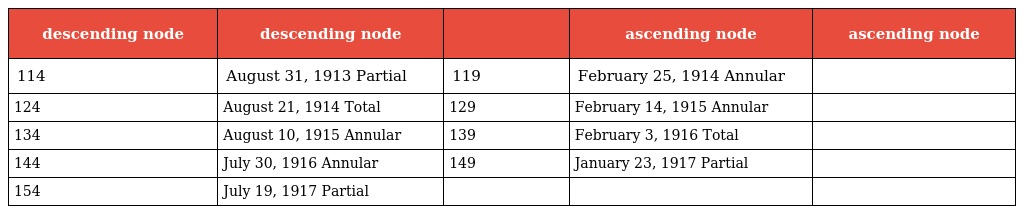
| descending node | descending node |  | ascending node | ascending node |
 | --- | --- | --- | --- | --- |
 | 114 | August 31, 1913 Partial | 119 | February 25, 1914 Annular |  |
 | 124 | August 21, 1914 Total | 129 | February 14, 1915 Annular |  |
 | 134 | August 10, 1915 Annular | 139 | February 3, 1916 Total |  |
 | 144 | July 30, 1916 Annular | 149 | January 23, 1917 Partial |  |
 | 154 | July 19, 1917 Partial |  |  |  |